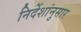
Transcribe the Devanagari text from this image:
निर्देशांनुसार